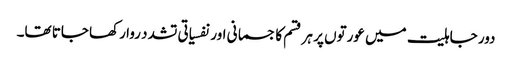
دور جاہلیت میں عورتوں پر ہر قسم کا جسمانی اور نفسیاتی تشدد روا رکھا جاتا تھا۔